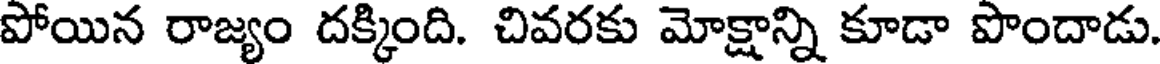
పోయిన రాజ్యం దక్కింది. చివరకు మోక్షాన్ని కూడా పొందాడు.